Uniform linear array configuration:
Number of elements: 32
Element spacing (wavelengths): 1
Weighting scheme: kaiser
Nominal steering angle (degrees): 60
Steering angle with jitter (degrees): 61.452
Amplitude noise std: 0.05
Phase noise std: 0.05

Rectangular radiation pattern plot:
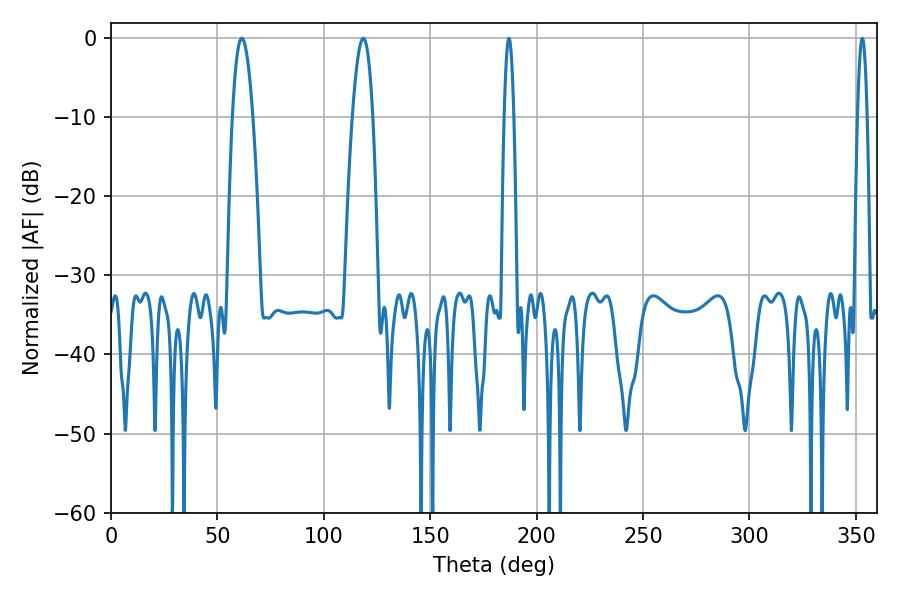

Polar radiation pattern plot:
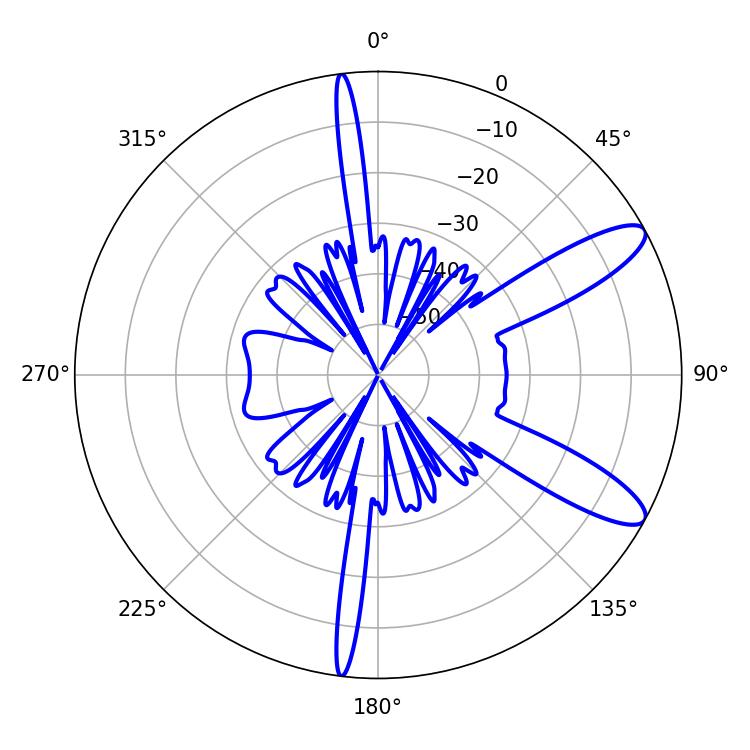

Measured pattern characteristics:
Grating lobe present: TRUE
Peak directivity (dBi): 10.866
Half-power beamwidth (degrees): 5.4
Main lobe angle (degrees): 61.38